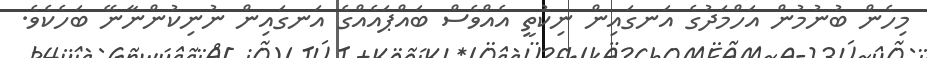
މިހެން ބުނުމުން އަހްމަދުގެ އަނގައިން ނިކުތީ އެއްވެސް ބައްޕައެއްގެ އަނގައިން ނުނިކުންނާނޭ ބަހެކެވެ.